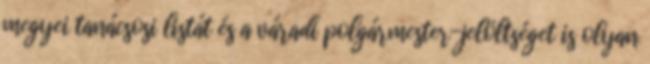
megyei tanácsosi listát és a váradi polgármester-jelöltséget is olyan